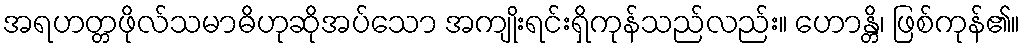
အရဟတ္တဖိုလ်သမာဓိဟုဆိုအပ်သော အကျိုးရင်းရှိကုန်သည်လည်း။ ဟောန္တိ၊ ဖြစ်ကုန်၏။